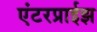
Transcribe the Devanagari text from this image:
एंटरप्राईझ